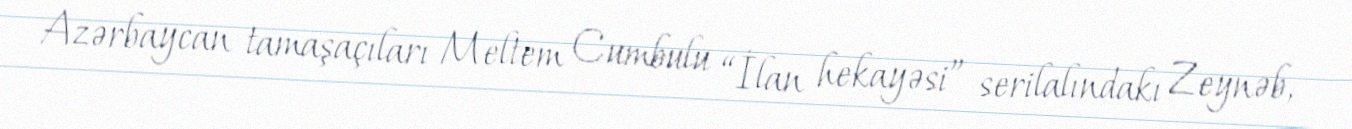
Azərbaycan tamaşaçıları Meltem Cumbulu “İlan hekayəsi” serilalındakı Zeynəb,